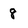
Character: 8